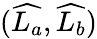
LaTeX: (\widehat{L_{a}},\widehat{L_{b}})